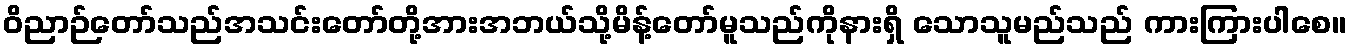
ဝိညာဉ်တော်သည်အသင်းတော်တို့အားအဘယ်သို့မိန့်တော်မူသည်ကိုနားရှိ သောသူမည်သည် ကားကြားပါစေ။